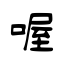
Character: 喔